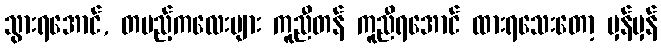
သွားရအောင်, တပည့်ကလေးများ ကူညီတန် ကူညီရအောင် ထားရသေးတော့ မှန်မှန်